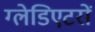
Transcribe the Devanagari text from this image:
ग्लेडिएटरों